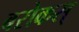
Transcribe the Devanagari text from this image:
बरोकस्